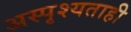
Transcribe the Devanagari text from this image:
अस्पृश्यताही